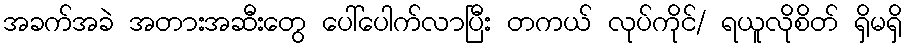
အခက်အခဲ အတားအဆီးတွေ ပေါ်ပေါက်လာပြီး တကယ် လုပ်ကိုင်/ ရယူလိုစိတ် ရှိမရှိ